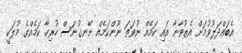
އެބައްދަލުވުމަށް އެޒުވާނާ އައި ކަމެއް ނުވަތަ ނޫންކަމެއް ނޭނގުނަސް ހުރިހާ ކަމެއްގެ މުލަކީ